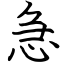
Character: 急